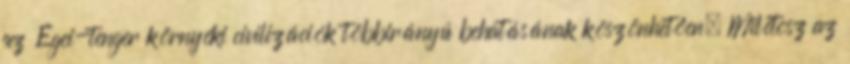
az Égei-tenger környéki civilizációk többirányú behatásának köszönhetően. Milétosz az